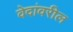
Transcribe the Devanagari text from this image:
वेदांवरील